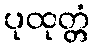
ပုထုတ္တံ